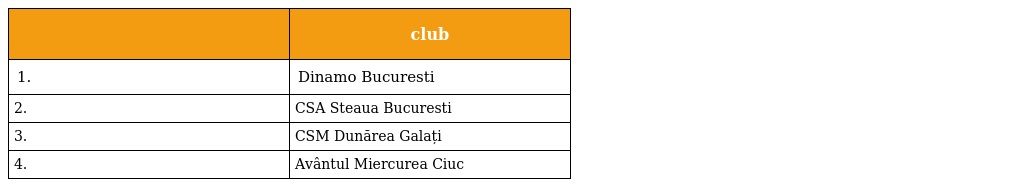
|  | club |
 | --- | --- |
 | 1. | Dinamo Bucuresti |
 | 2. | CSA Steaua Bucuresti |
 | 3. | CSM Dunărea Galați |
 | 4. | Avântul Miercurea Ciuc |